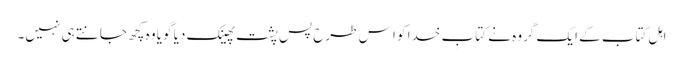
اہل کتاب کے ایک گروہ نے کتابِ خدا کو ا س طرح پسِ پشت پھینک دیا گویا وہ کچھ جانتے ہی نہیں۔